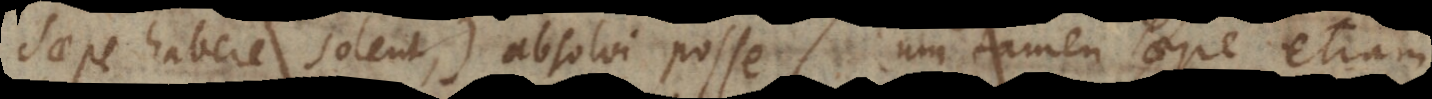
saepe habere solent) absolvi posse. Cum tamen saepe etiam